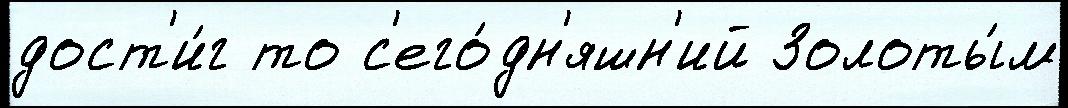
дост'и́г то с'его́дн'яшн'ий Золоты́м